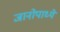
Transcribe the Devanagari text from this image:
जानोपाध्ये